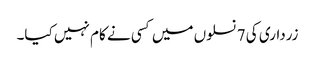
زرداری کی 7 نسلوں میں کسی نے کام نہیں کیا۔